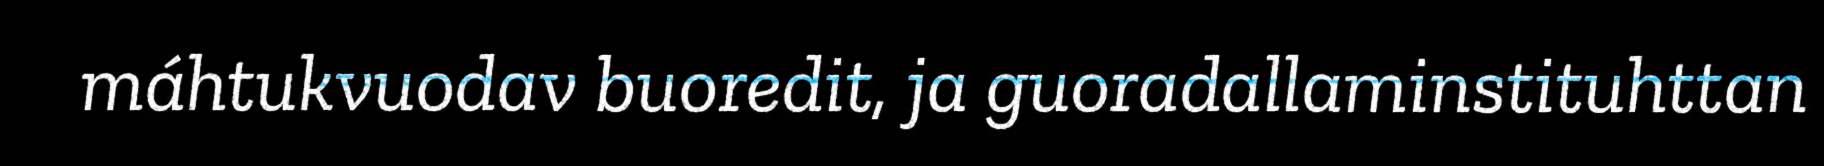
máhtukvuodav buoredit, ja guoradallaminstituhttan